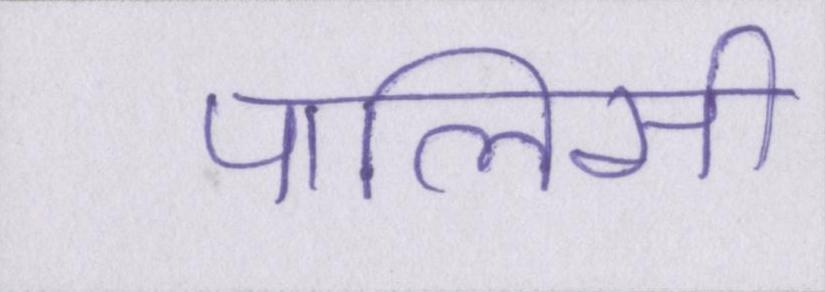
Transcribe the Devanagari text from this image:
पालिसी